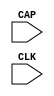
///////////////////////////////////////////////////////
//  Copyright (c) 1995/2006 Xilinx Inc.
//  All Right Reserved.
///////////////////////////////////////////////////////
//
//   ____   ___
//  /   /\/   / 
// /___/  \  /     Vendor      : Xilinx 
// \  \    \/      Version : 10.1
//  \  \           Description : 
//  /  /                      
// /__/   /\       Filename    : CAPTURE_VIRTEX6.v
// \  \  /  \ 
//  \__\/\__ \                    
//                                 
//  Revision:		1.0
///////////////////////////////////////////////////////

`timescale 1 ps / 1 ps 

module CAPTURE_VIRTEX6 (
  CAP,
  CLK
);
  parameter ONESHOT = "TRUE";


  input CAP;
  input CLK;

endmodule